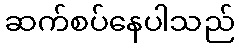
ဆက်စပ်နေပါသည်